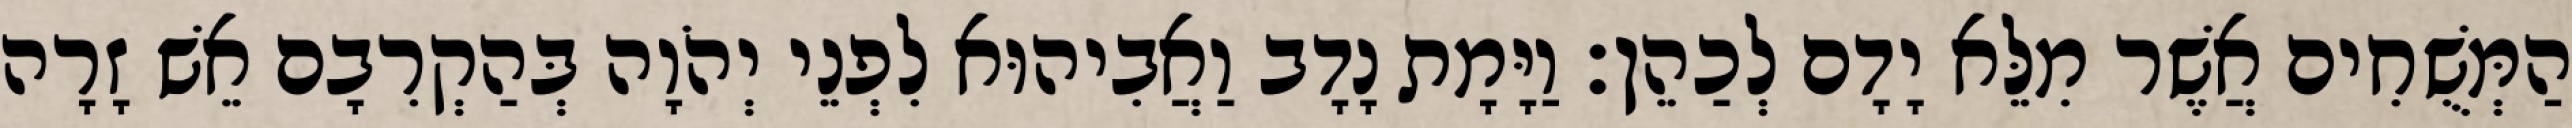
הַמְּשֻׁחִים אֲשֶׁר מִלֵּא יָדָם לְכַהֵן׃ וַיָּמָת נָדָב וַאֲבִיהוּא לִפְנֵי יְהֹוָה בְּהַקְרִבָם אֵשׁ זָרָה